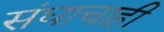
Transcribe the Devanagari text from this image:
संघाचाही